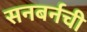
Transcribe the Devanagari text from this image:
सनबर्नची